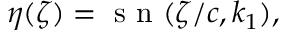
\eta ( \zeta ) = \mathrm { ~ s ~ n ~ } ( \zeta / c , k _ { 1 } ) ,